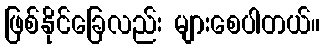
ဖြစ်နိုင်ခြေလည်း များစေပါတယ်။